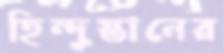
হিন্দুস্তানের